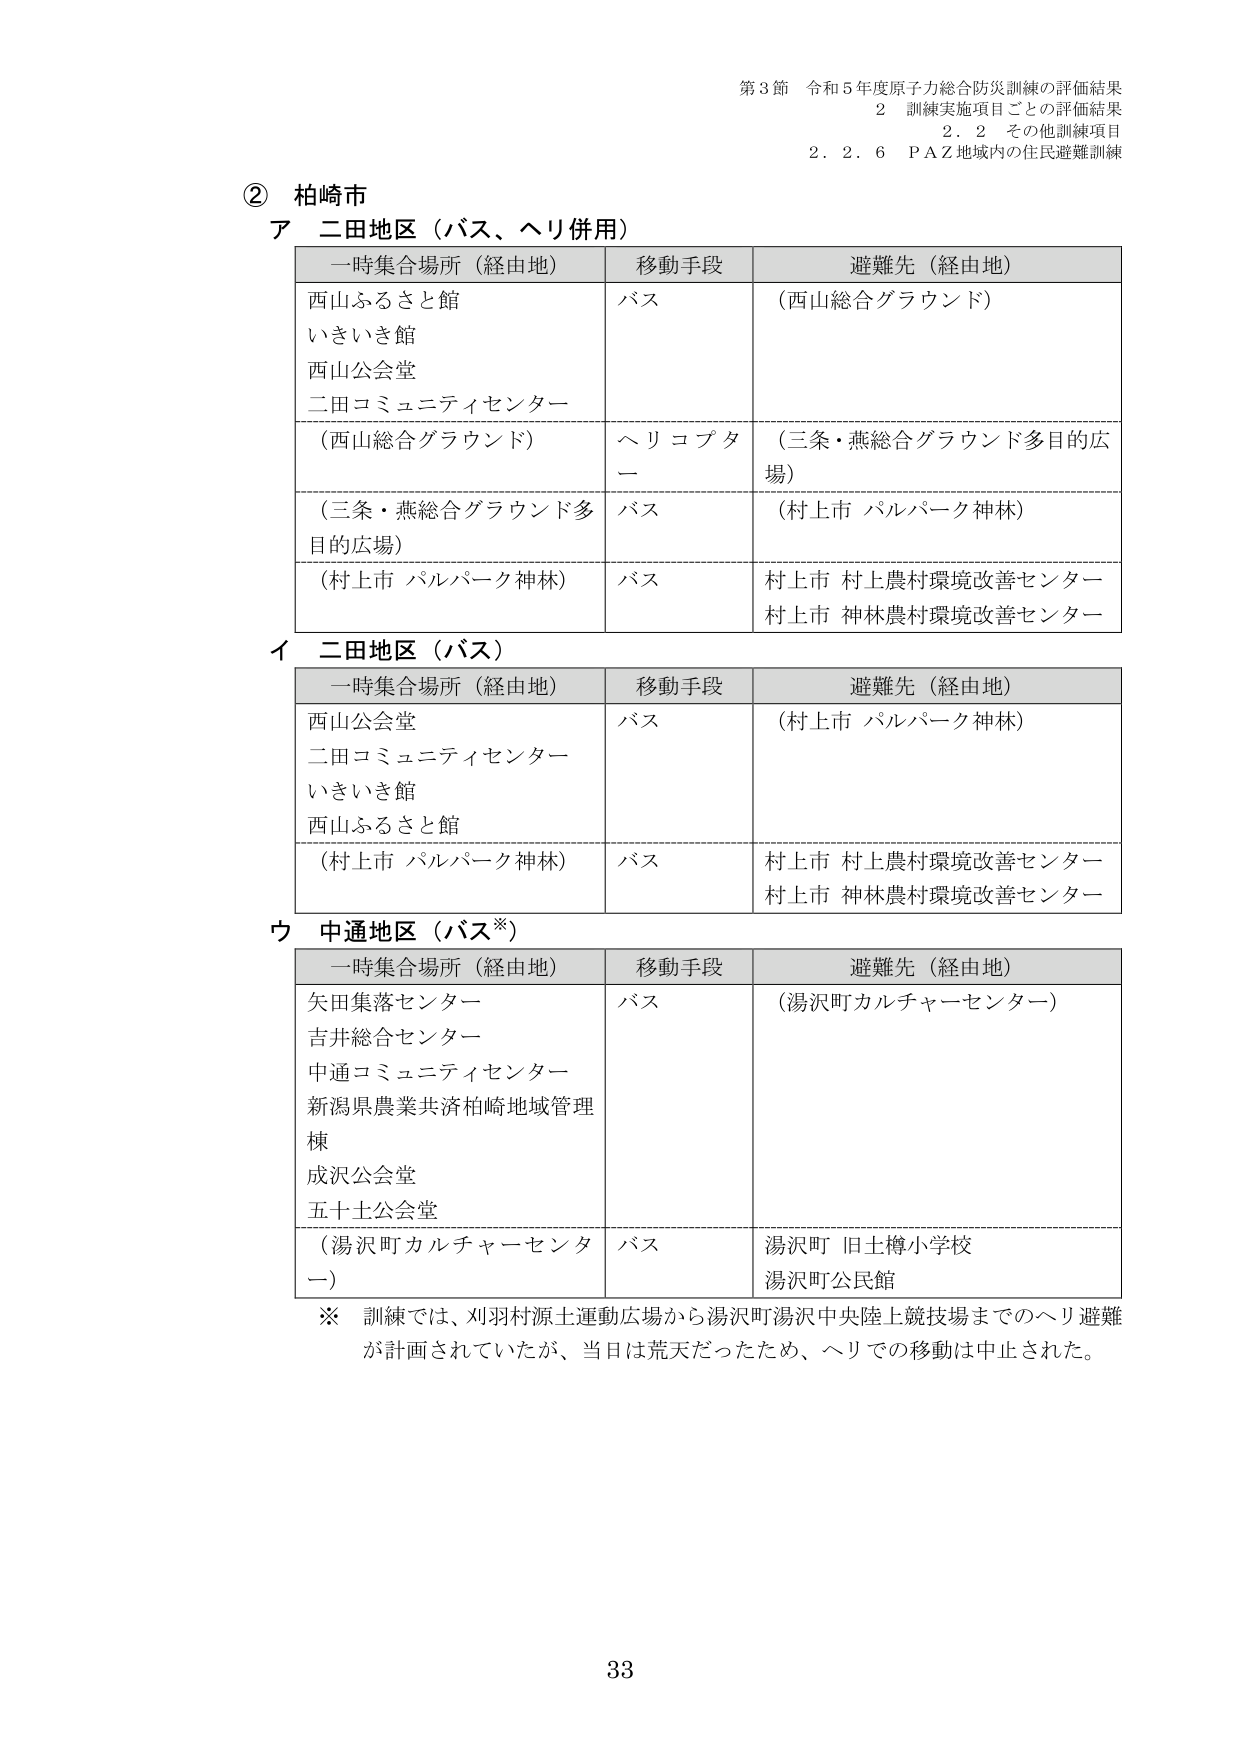
第3節 令和5年度原子力総合防災訓練の評価結果
2 訓練実施項目ごとの評価結果
2.2 その他訓練項目
2.2.6 P A Z地域内の住民避難訓練

② 柏崎市
ア 二田地区（バス、ヘリ併用）
一時集合場所（経由地） 移動手段 避難先（経由地）
西山ふるさと館 バス （西山総合グラウンド）
いきいき館
西山公会堂
二田コミュニティセンター
（西山総合グラウンド） ヘリコプター （三条・燕総合グラウンド多目的広場）
（三条・燕総合グラウンド多目的広場） バス （村上市 パルパーク神林）
（村上市 パルパーク神林） バス 村上市 村上農村環境改善センター
村上市 神林農村環境改善センター

イ 二田地区（バス）
一時集合場所（経由地） 移動手段 避難先（経由地）
西山公会堂 バス （村上市 パルパーク神林）
二田コミュニティセンター
いきいき館
西山ふるさと館
（村上市 パルパーク神林） バス 村上市 村上農村環境改善センター
村上市 神林農村環境改善センター

ウ 中通地区（バス※）
一時集合場所（経由地） 移動手段 避難先（経由地）
矢田集落センター バス （湯沢町カルチャーセンター）
吉井総合センター
中通コミュニティセンター
新潟県農業共済柏崎地域管理棟
成沢公会堂
五十土公会堂
（湯沢町カルチャーセンター） バス 湯沢町 旧土樽小学校
湯沢町公民館

※ 訓練では、刈羽村源土運動広場から湯沢町湯沢中央陸上競技場までのヘリ避難が計画されていたが、当日は荒天だったため、ヘリでの移動は中止された。

33